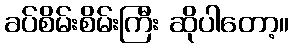
ခပ်စိမ်းစိမ်းကြီး ဆိုပါတော့။